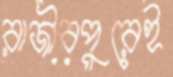
রাজীবপুরেই